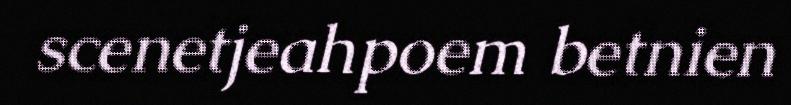
scenetjeahpoem betnien